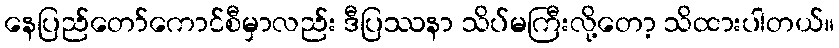
နေပြည်တော်ကောင်စီမှာလည်း ဒီပြဿနာ သိပ်မကြီးလို့တော့ သိထားပါတယ်။